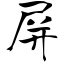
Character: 屏